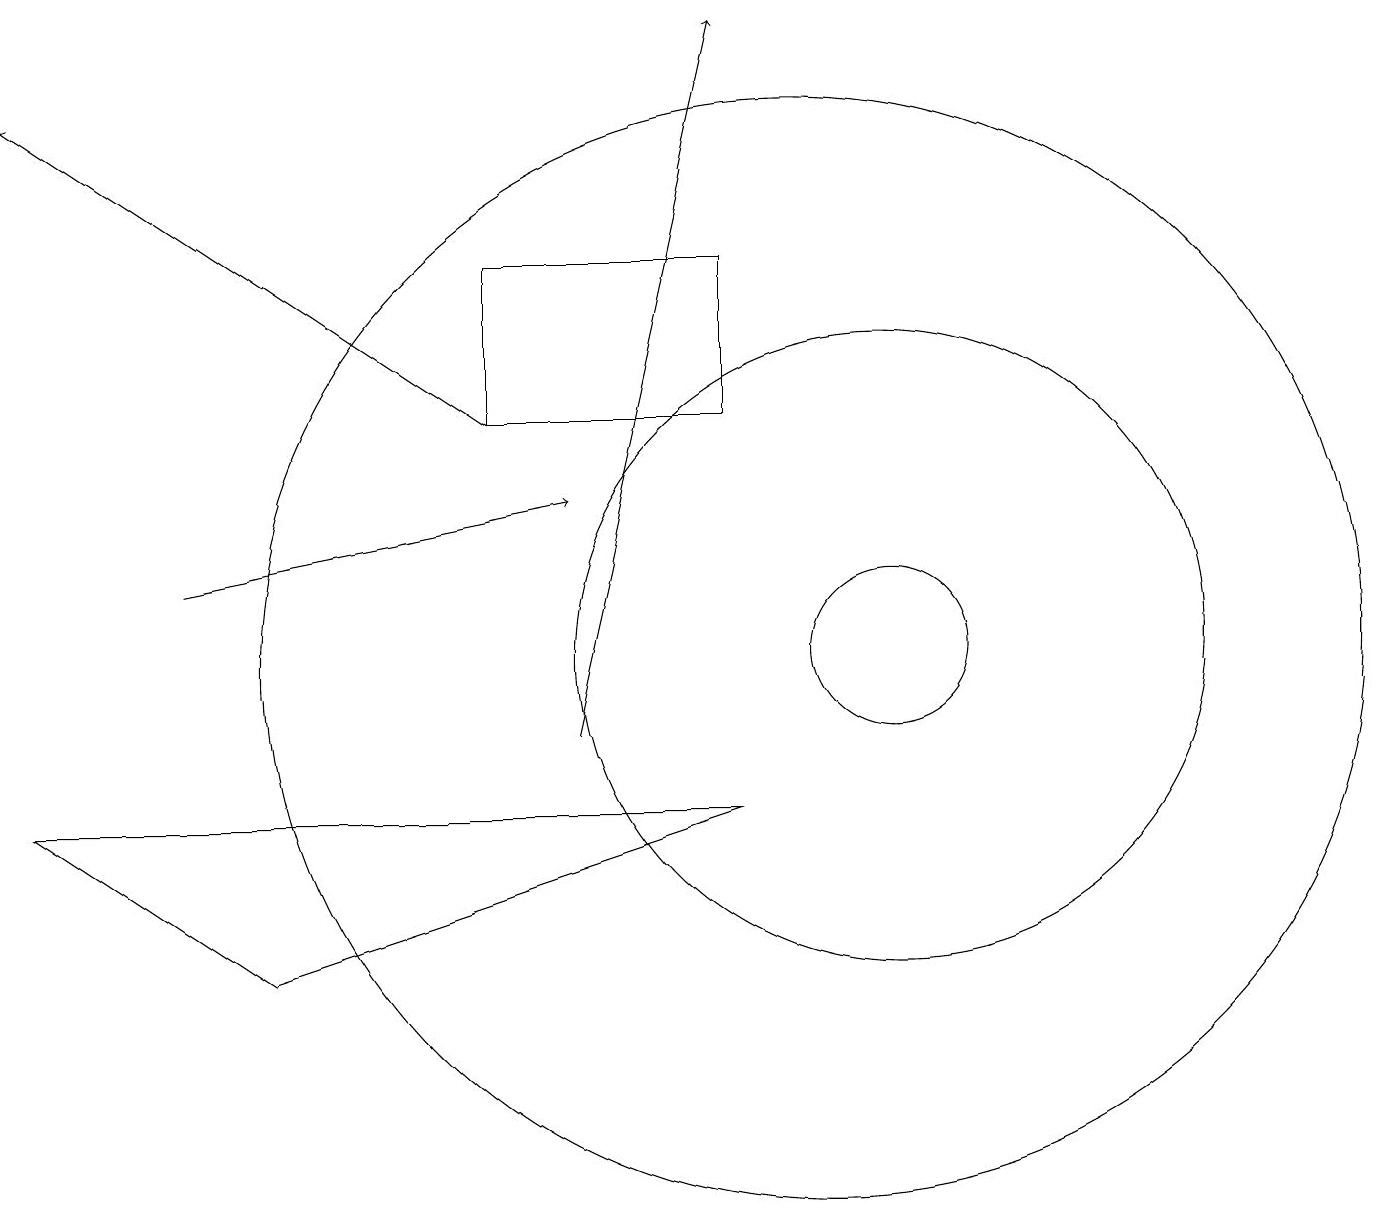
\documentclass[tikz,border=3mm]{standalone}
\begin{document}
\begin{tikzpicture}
\draw[->] (6,14) -- (0,18);
\draw[->] (7,10) -- (9,19);
\draw[->] (2,12) -- (7,13);
\draw (0,9) -- (3,7) -- (9,9) -- cycle;
\draw (11,11) circle (1);
\draw (9,14) rectangle (6,16);
\draw (11,11) circle (4);
\draw (10,11) circle (7);
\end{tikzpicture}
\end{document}